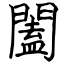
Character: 闔